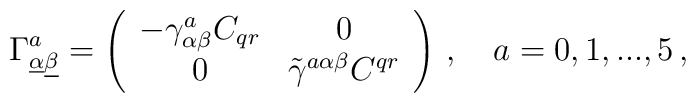
\Gamma^a_{\underline\alpha\underline\beta}=\left(\begin{array}{cc}-\gamma^a_{\alpha\beta}C_{qr}  &  0\\0  &  \tilde\gamma^{a\alpha\beta}C^{qr}\end{array}\right)\,, \quad a=0,1,...,5\, ,